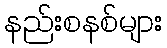
နည်းစနစ်များ